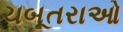
ચબૂતરાઓ